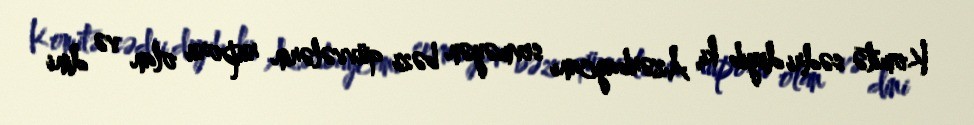
Komitə sədri deyib ki, Azərbaycanı sevməyən bəzi qüvvələrin ruporu olan və dini